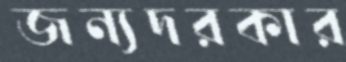
জন্যদরকার